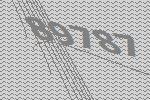
89787